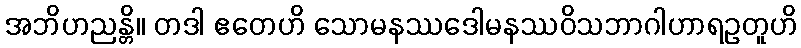
အဘိဟညန္တိ။ တဒါ ဧတေဟိ သောမနဿဒေါမနဿဝိသဘာဂါဟာရဥတူဟိ